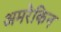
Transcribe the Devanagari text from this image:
अमरेकिन